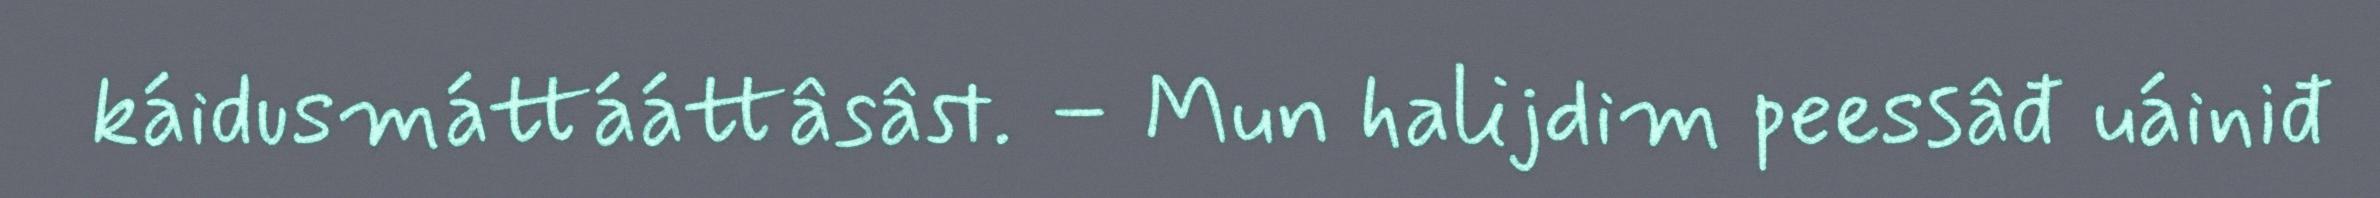
káidusmáttááttâsâst. – Mun halijdim peessâđ uáiniđ